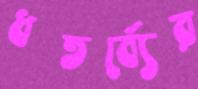
ধতর্ব্যের